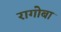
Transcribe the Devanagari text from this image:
रागोबा